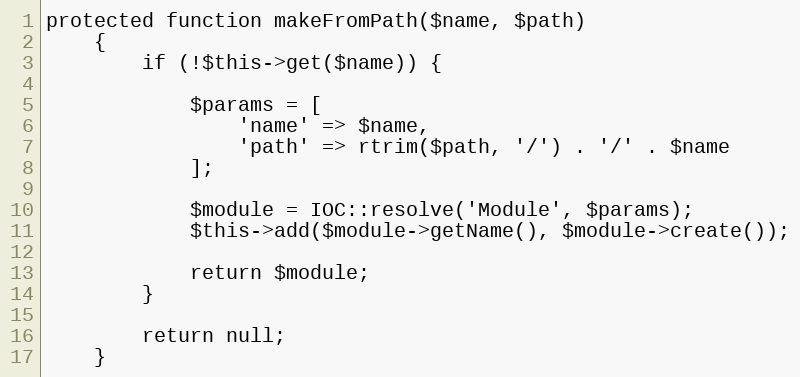
Language: PHP
protected function makeFromPath($name, $path)
    {
        if (!$this->get($name)) {

            $params = [
                'name' => $name,
                'path' => rtrim($path, '/') . '/' . $name
            ];

            $module = IOC::resolve('Module', $params);
            $this->add($module->getName(), $module->create());

            return $module;
        }

        return null;
    }